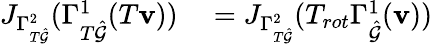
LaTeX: \begin{array}{rl}{J_{\Gamma_{T\hat{\mathcal{G}}}^{2}}(\Gamma_{T\hat{\mathcal{G}}}^{1}(T\mathbf{v}))}&{{}=J_{\Gamma_{T\hat{\mathcal{G}}}^{2}}(T_{rot}\Gamma_{\hat{\mathcal{G}}}^{1}(\mathbf{v}))}\end{array}